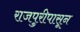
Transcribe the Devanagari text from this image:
राजपुरीपासून